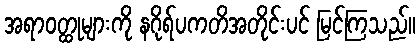
အရာဝတ္ထုများကို နဂိုရ်ပကတိအတိုင်းပင် မြင်ကြသည်။